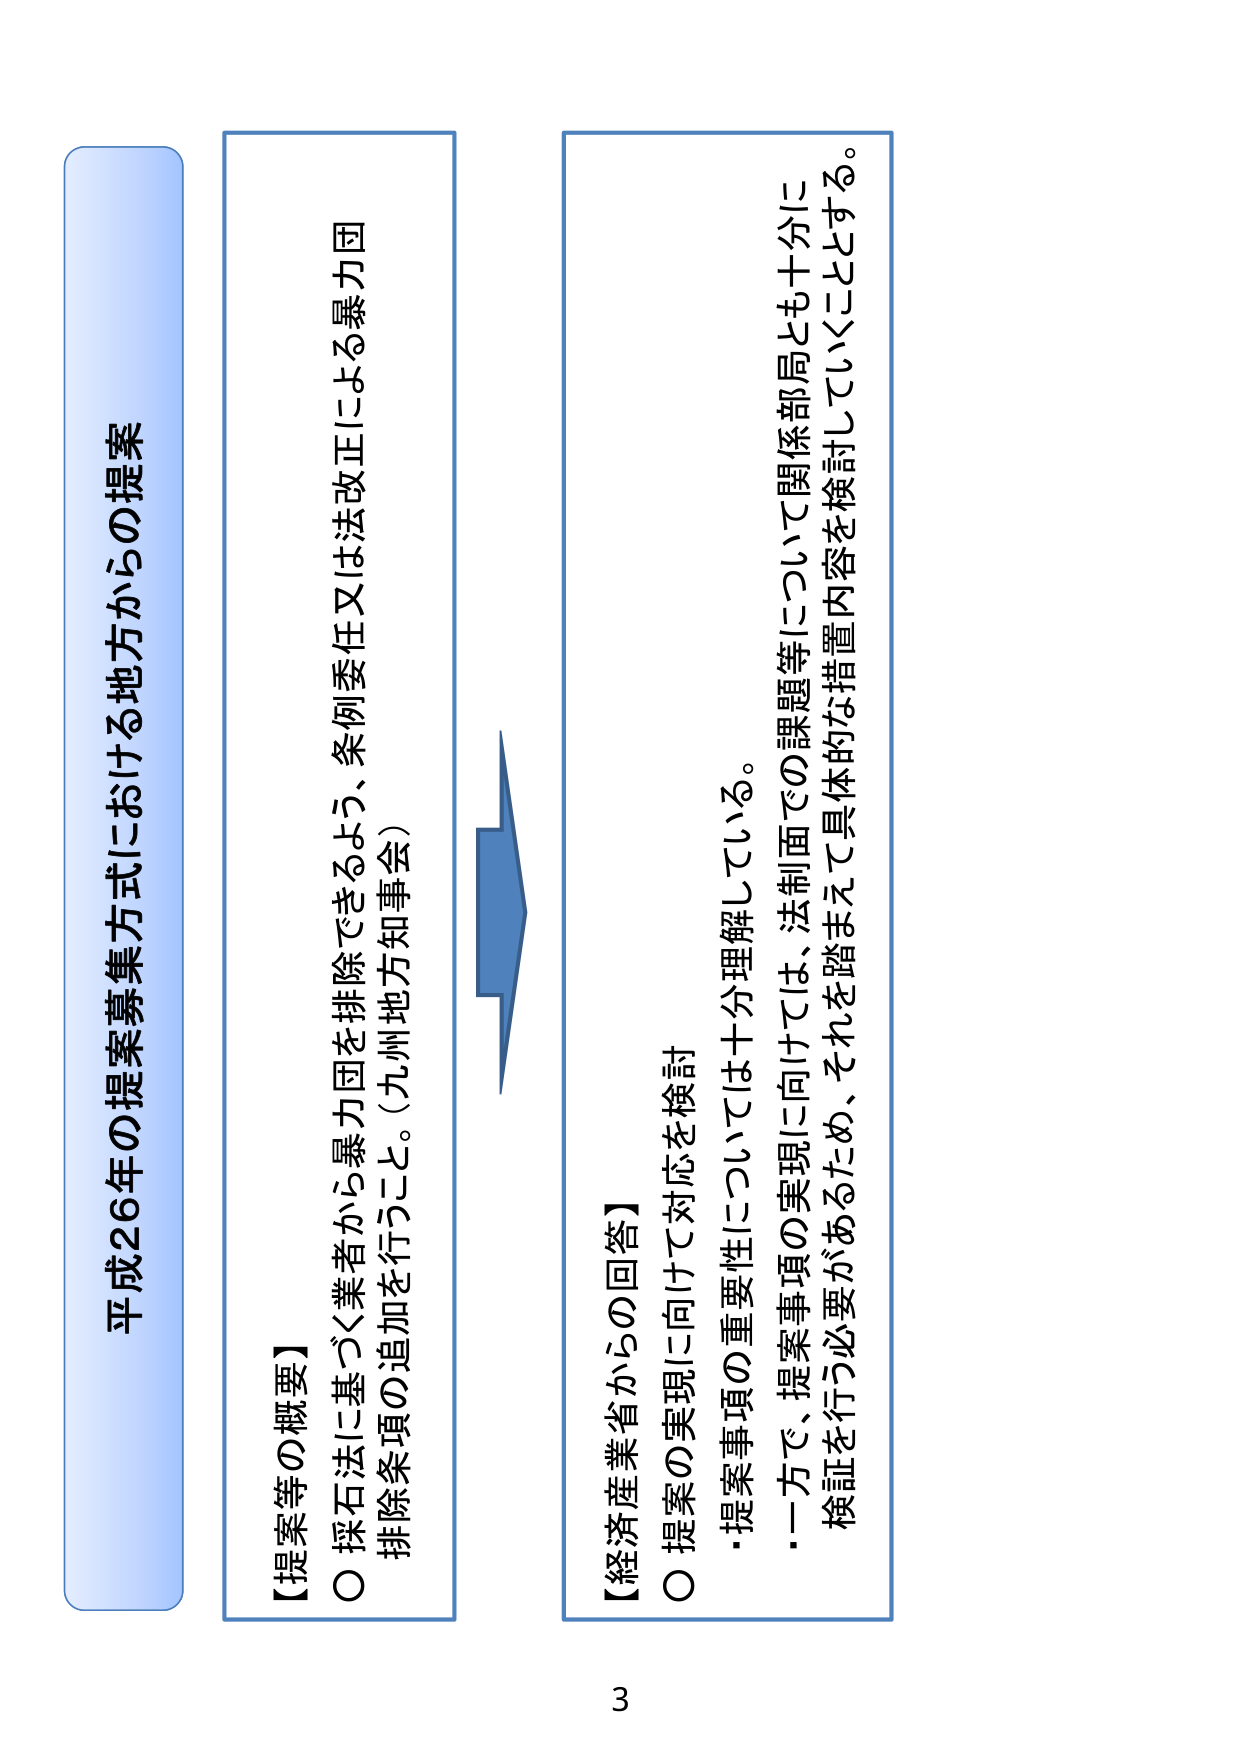
平成26年の提案募集方式における地方からの提案

【提案等の概要】
○ 採石法に基づく業者から暴力団を排除できるよう、条例委任又は法改正による暴力団
排除条項の追加を行うこと。（九州地方知事会）

【経済産業省からの回答】
○ 提案の実現に向けて対応を検討
・提案事項の重要性については十分理解している。
・一方で、提案事項の実現に向けては、法制面での課題等について関係部局とも十分に
検証を行う必要があるため、それを踏まえて具体的な措置内容を検討していくこととする。

3